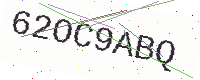
Text: 62OC9ABQ